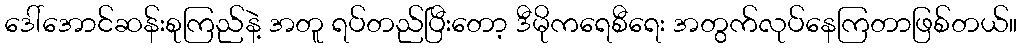
ဒေါ်အောင်ဆန်းစုကြည်နဲ့ အတူ ရပ်တည်ပြီးတော့ ဒီမိုကရေစီရေး အတွက်လုပ်နေကြတာဖြစ်တယ်။